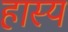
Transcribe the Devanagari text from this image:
हास्‍य